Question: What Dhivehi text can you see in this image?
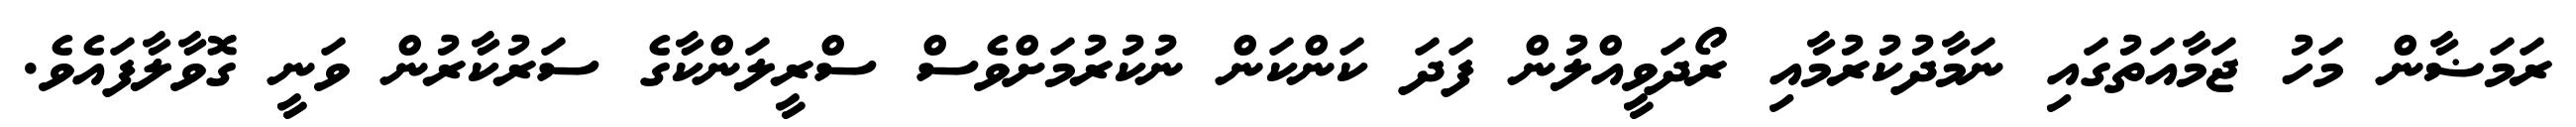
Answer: ރަމަޟާން މަހު ޖަމާއަތުގައި ނަމާދުކުރުމާއި ރޯދަވީއްލުން ފަދަ ކަންކަން ނުކުރުމަށްވެސް ސްރީލަންކާގެ ސަރުކާރުން ވަނީ ގޮވާލާފައެވެ.